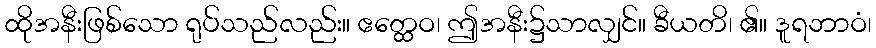
ထိုအနီးဖြစ်သော ရုပ်သည်လည်း။ ဧတ္ထေဝ၊ ဤအနီး၌သာလျှင်။ ခီယတိ၊ ၏။ ဒူရဘာဝံ၊